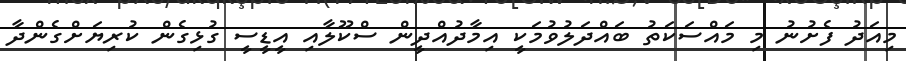
މިއަދު ފެށުނު މި މައްސަކަތު ބައްދަލުވުމަކީ އިމާދުއްދީން ސްކޫލާއި އީޑީސީ ގުޅިގެން ކުރިޔަށްގެންދާ